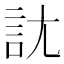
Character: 𧥩